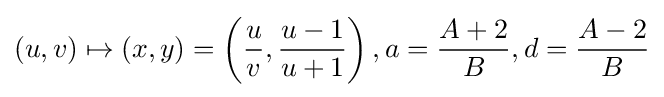
(u,v)\mapsto (x,y)=\left({\frac {u}{v}},{\frac {u-1}{u+1}}\right),a={\frac {A+2}{B}},d={\frac {A-2}{B}}